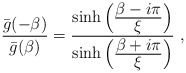
\begin{align*}{{\bar g}(-\beta )\over {\bar g}(\beta )}={ \sinh \left({\displaystyle \beta -i\pi \over\displaystyle\xi}\right)\over \sinh \left({\displaystyle \beta +i\pi \over\displaystyle\xi}\right)}\ ,\end{align*}